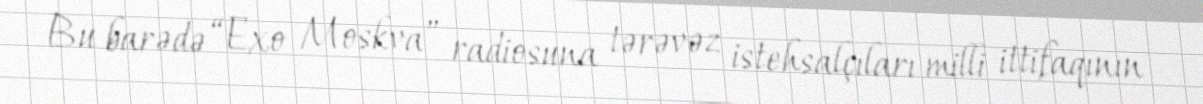
Bu barədə “Exo Moskva” radiosuna tərəvəz istehsalçıları milli ittifaqının